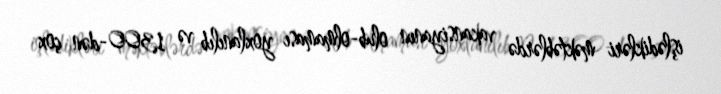
işlədikləri məktəblərdə vakansiyanın olub-olmaması yoxlanılıb və 1300-dən çox